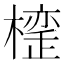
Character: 𣚪